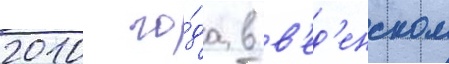
2010 го́да в в'ед'енском